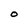
Character: 0